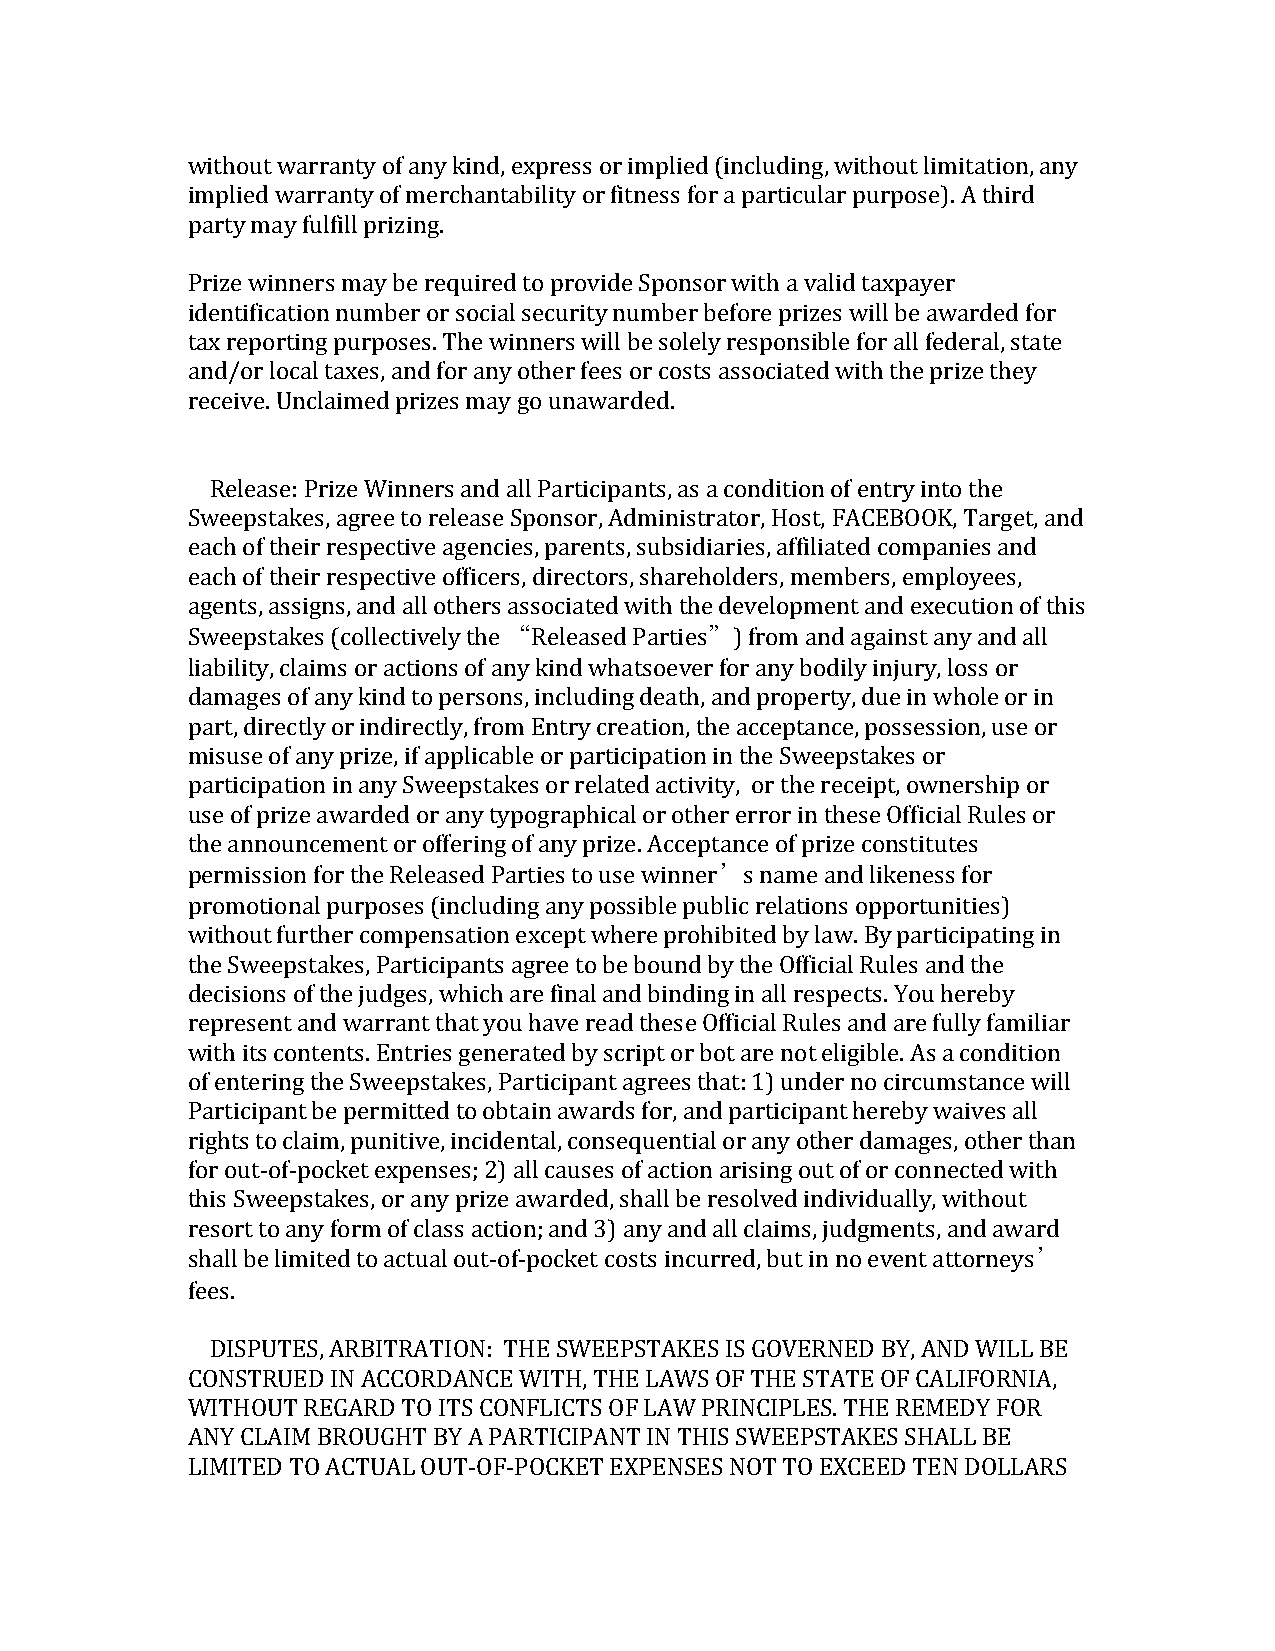
without warranty of any kind, express or implied (including, without limitation, any
 implied warranty of merchantability or fitness for a particular purpose). A third
 party may fulfill prizing.
 Prize winners may be required to provide Sponsor with a valid taxpayer
 identification number or social security number before prizes will be awarded for
 tax reporting purposes. The winners will be solely responsible for all federal, state
 and/or local taxes, and for any other fees or costs associated with the prize they
 receive. Unclaimed prizes may go unawarded.
 Release: Prize Winners and all Participants, as a condition of entry into the
 Sweepstakes, agree to release Sponsor, Administrator, Host, FACEBOOK, Target, and
 each of their respective agencies, parents, subsidiaries, affiliated companies and
 each of their respective officers, directors, shareholders, members, employees,
 agents, assigns, and all others associated with the development and execution of this
 Sweepstakes (collectively the “Released Parties”) from and against any and all
 liability, claims or actions of any kind whatsoever for any bodily injury, loss or
 damages of any kind to persons, including death, and property, due in whole or in
 part, directly or indirectly, from Entry creation, the acceptance, possession, use or
 misuse of any prize, if applicable or participation in the Sweepstakes or
 participation in any Sweepstakes or related activity, or the receipt, ownership or
 use of prize awarded or any typographical or other error in these Official Rules or
 the announcement or offering of any prize. Acceptance of prize constitutes
 permission for the Released Parties to use winner’s name and likeness for
 promotional purposes (including any possible public relations opportunities)
 without further compensation except where prohibited by law. By participating in
 the Sweepstakes, Participants agree to be bound by the Official Rules and the
 decisions of the judges, which are final and binding in all respects. You hereby
 represent and warrant that you have read these Official Rules and are fully familiar
 with its contents. Entries generated by script or bot are not eligible. As a condition
 of entering the Sweepstakes, Participant agrees that: 1) under no circumstance will
 Participant be permitted to obtain awards for, and participant hereby waives all
 rights to claim, punitive, incidental, consequential or any other damages, other than
 for out-of-pocket expenses; 2) all causes of action arising out of or connected with
 this Sweepstakes, or any prize awarded, shall be resolved individually, without
 resort to any form of class action; and 3) any and all claims, judgments, and award
 shall be limited to actual out-of-pocket costs incurred, but in no event attorneys’
 fees.
 DISPUTES, ARBITRATION: THE SWEEPSTAKES IS GOVERNED BY, AND WILL BE
 CONSTRUED IN ACCORDANCE WITH, THE LAWS OF THE STATE OF CALIFORNIA,
 WITHOUT REGARD TO ITS CONFLICTS OF LAW PRINCIPLES. THE REMEDY FOR
 ANY CLAIM BROUGHT BY A PARTICIPANT IN THIS SWEEPSTAKES SHALL BE
 LIMITED TO ACTUAL OUT-OF-POCKET EXPENSES NOT TO EXCEED TEN DOLLARS